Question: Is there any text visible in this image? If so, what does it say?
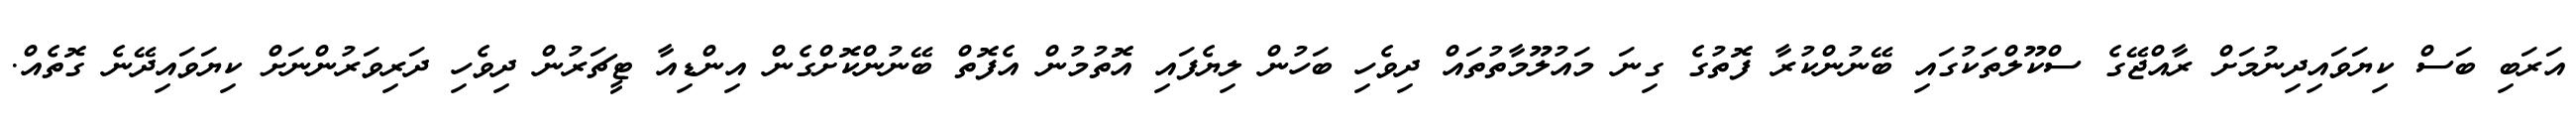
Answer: އަރަބި ބަސް ކިޔަވައިދިނުމަށް ރާއްޖޭގެ ސްކޫލްތަކުގައި ބޭނުންކުރާ ފޮތުގެ ގިނަ މައުލޫމާތުތައް ދިވެހި ބަހުން ލިޔެފައި އޮތުމުން އެފޮތް ބޭނުންކޮށްގެން އިންޑިއާ ޓީޗަރުން ދިވެހި ދަރިވަރުންނަށް ކިޔަވައިދޭނެ ގޮތެއް.